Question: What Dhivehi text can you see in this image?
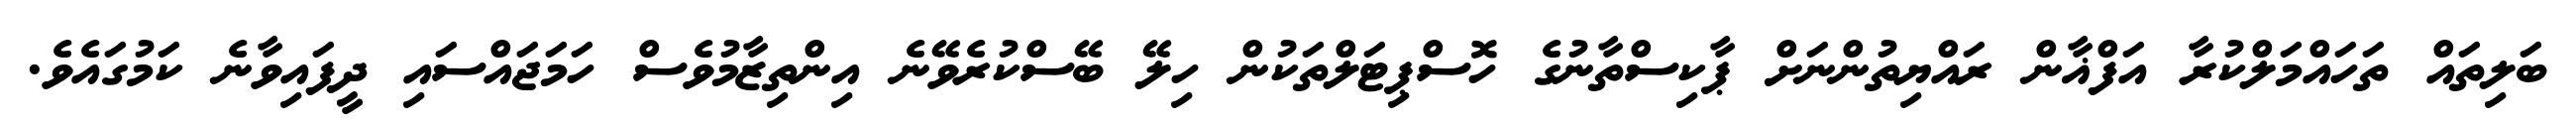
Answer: ބަލިތައް ތަހައްމަލްކުރާ އަފްޣާން ރައްޔިތުންނަށް ޕާކިސްތާނުގެ ހޮސްޕިޓަލްތަކުން ހިލޭ ބޭސްކުރެވޭނެ އިންތިޒާމުވެސް ހަމަޖައްސައި ދީފައިވާނެ ކަމުގައެވެ.